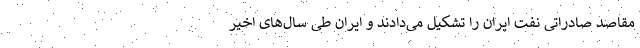
مقاصد صادراتی نفت ایران را تشکیل می‌دادند و ایران طی سال‌های اخیر